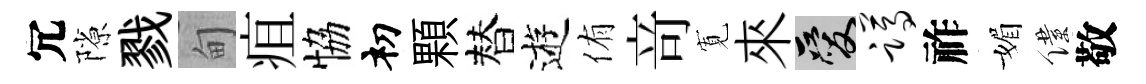
冗隙戮甸疽恊𥘉顆替逰侑竒𡩖來爱蹲祚媚僕敬